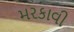
મરકાવી